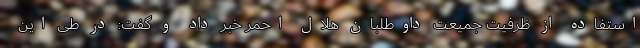
استفاده از ظرفیت جمیعت داوطلبان هلال احمر خبر داد و گفت: در طی این